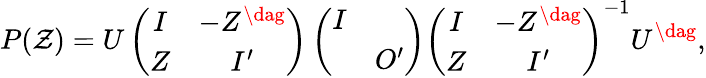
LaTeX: P(\mathcal{Z})=U\left(\begin{array}{cc}{{I}}&{{-Z^{\dag}}}\\ {{Z}}&{{I^{\prime}}}\end{array}\right)\left(\begin{array}{cc}{{I}}&{{}}\\ {{}}&{{O^{\prime}}}\end{array}\right)\left(\begin{array}{cc}{{I}}&{{-Z^{\dag}}}\\ {{Z}}&{{I^{\prime}}}\end{array}\right)^{-1}U^{\dag},